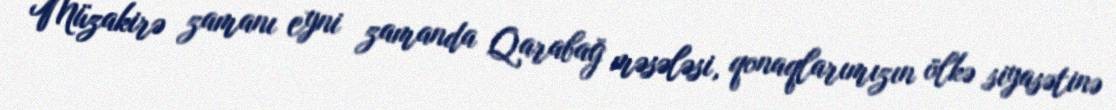
Müzakirə zamanı eyni zamanda Qarabağ məsələsi, qonaqlarımızın ölkə siyasətinə